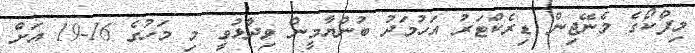
މިފްކޯގެ މެނޭޖިން ޑިރެކްޓަރު އަހުމަދު ބުންޔާމީން ވިދާޅުވީ މި މަހުގެ 16-19 އަށް